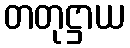
တတုဋ္ဌာယ